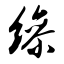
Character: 缲